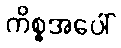
ကိစ္စအပေါ်